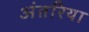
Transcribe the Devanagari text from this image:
अंतरिया